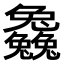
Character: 𠓗